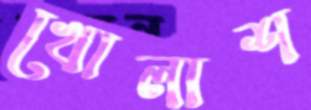
খোলাশ